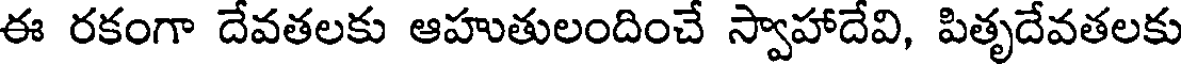
ఈ రకంగా దేవతలకు ఆహుతులందించే స్వాహాదేవి, పితృదేవతలకు